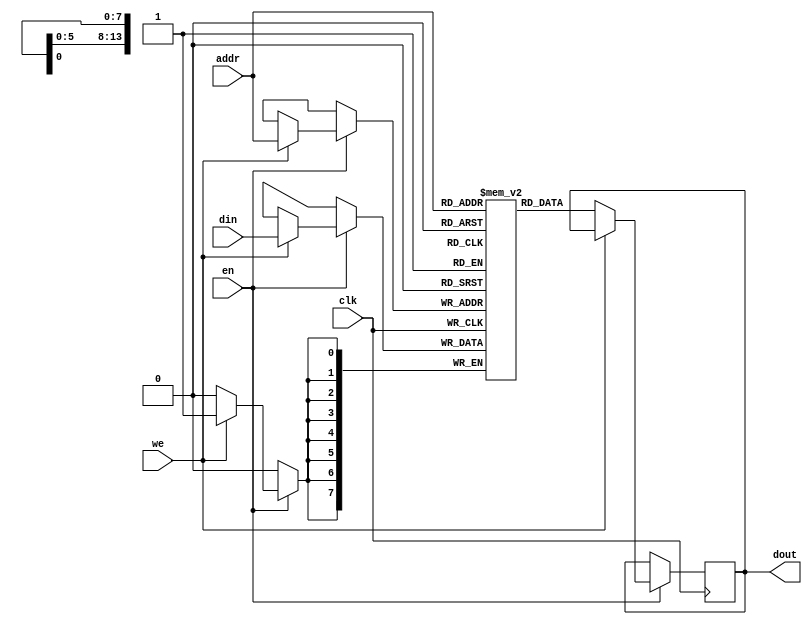
module iob_ram_sp
  #(
    parameter HEXFILE="none",
    parameter DATA_W=8,
    parameter ADDR_W=14
    )
   (
    input                     clk,
    input                     en, 
    input                     we, 
    input [(ADDR_W-1):0]      addr,
    output reg [(DATA_W-1):0] dout,
    input [(DATA_W-1):0]      din
    );

   //this allows ISE 14.7 to work; do not remove
   localparam mem_init_file_int = HEXFILE;

   // Declare the RAM
   reg [DATA_W-1:0] 	      ram[2**ADDR_W-1:0];

   // Initialize the RAM
   initial 
     if(mem_init_file_int != "none")
       $readmemh(mem_init_file_int, ram, 0, 2**ADDR_W - 1);

   // Operate the RAM
   always @ (posedge clk)
     if(en)
       if (we)
         ram[addr] <= din;
       else
         dout <= ram[addr];

endmodule